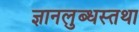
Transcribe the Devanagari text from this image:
ज्ञानलुब्धस्तथा